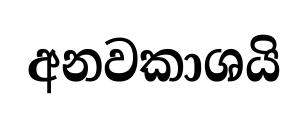
අනවකාශයි